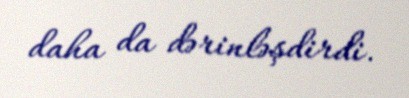
daha da dərinləşdirdi.